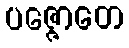
ပဇ္ဇောတေ